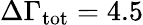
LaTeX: \Delta\Gamma_{\mathrm{tot}}=4.5